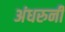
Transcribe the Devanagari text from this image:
अंधरुनी